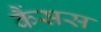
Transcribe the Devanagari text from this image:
कैंसस